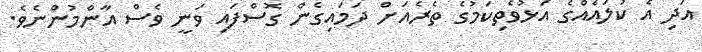
އަދި އެ ކުލައެއްގެ އަޅުވެތިކަމުގެ ތެރެއަށް ދަމައިގެން ގޮސްފައި ވަނީ ވެސް އާންމުންނެވެ.